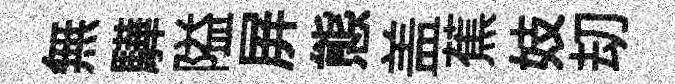
無驊隘屏態盖蕉妓刧